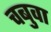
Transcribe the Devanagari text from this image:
चबुवा